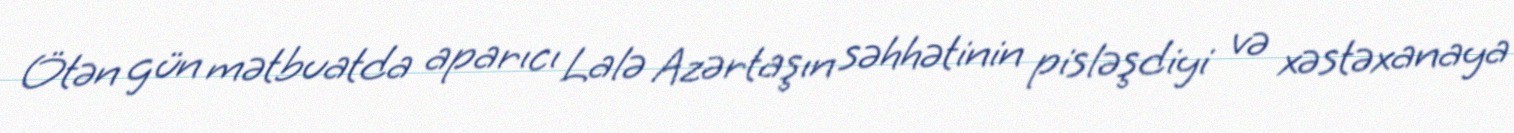
Ötən gün mətbuatda aparıcı Lalə Azərtaşın səhhətinin pisləşdiyi və xəstəxanaya